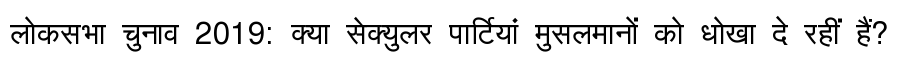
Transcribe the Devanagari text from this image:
लोकसभा चुनाव 2019: क्या सेक्युलर पार्टियां मुसलमानों को धोखा दे रहीं हैं?